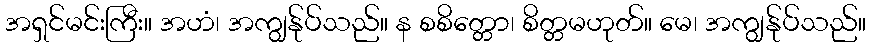
အရှင်မင်းကြီး။ အဟံ၊ အကျွန်ုပ်သည်။ န စစိတ္တော၊ စိတ္တမဟုတ်။ မေ၊ အကျွန်ုပ်သည်။